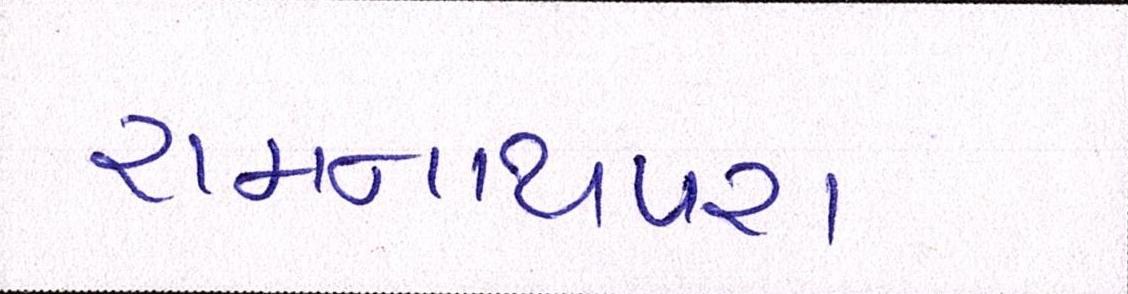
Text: રામનાથપરા